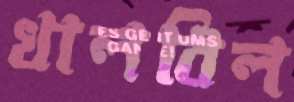
খালবিল